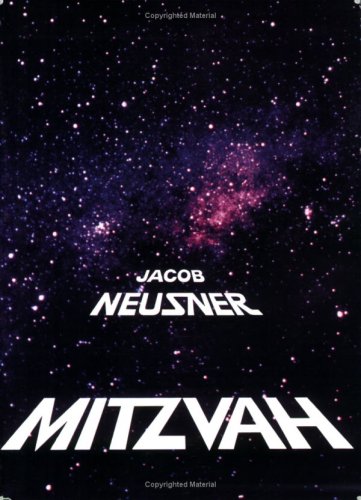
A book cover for Mitzvah (The Basic Jewish Ideas Series); Jacob Neusner; Teen & Young Adult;